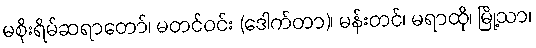
မစိုးရိမ်ဆရာတော်၊ မတင်ဝင်း (ဒေါက်တာ)၊ မန်းတင်၊ မရာထို၊ မြို့သာ၊